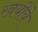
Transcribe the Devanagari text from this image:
रवयीये